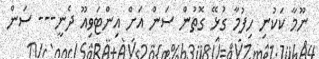
ނޫމާ ކަކުނި ހިފުމާ ގުޅޭ ގޮތުން ސަން އަށް އިންޓަވިއޫ ދެނީ--- ސަން